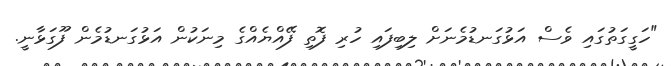
"ހަގީގަތުގައި ވެސް އަޅުގަނޑުމެނަށް ލިބިފައި ހުރި ފޮތި ފޭއްޔެއްގެ މިނަކުން އަޅުގަނޑުމެން ފޫގަޅާނީ.